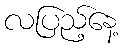
လပြည့်နေ့